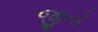
જીતો